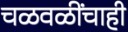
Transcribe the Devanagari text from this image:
चळवळींचाही